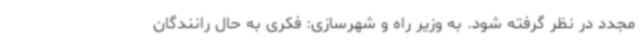
مجدد در نظر گرفته شود. به وزیر راه و شهرسازی: فکری به حال رانندگان